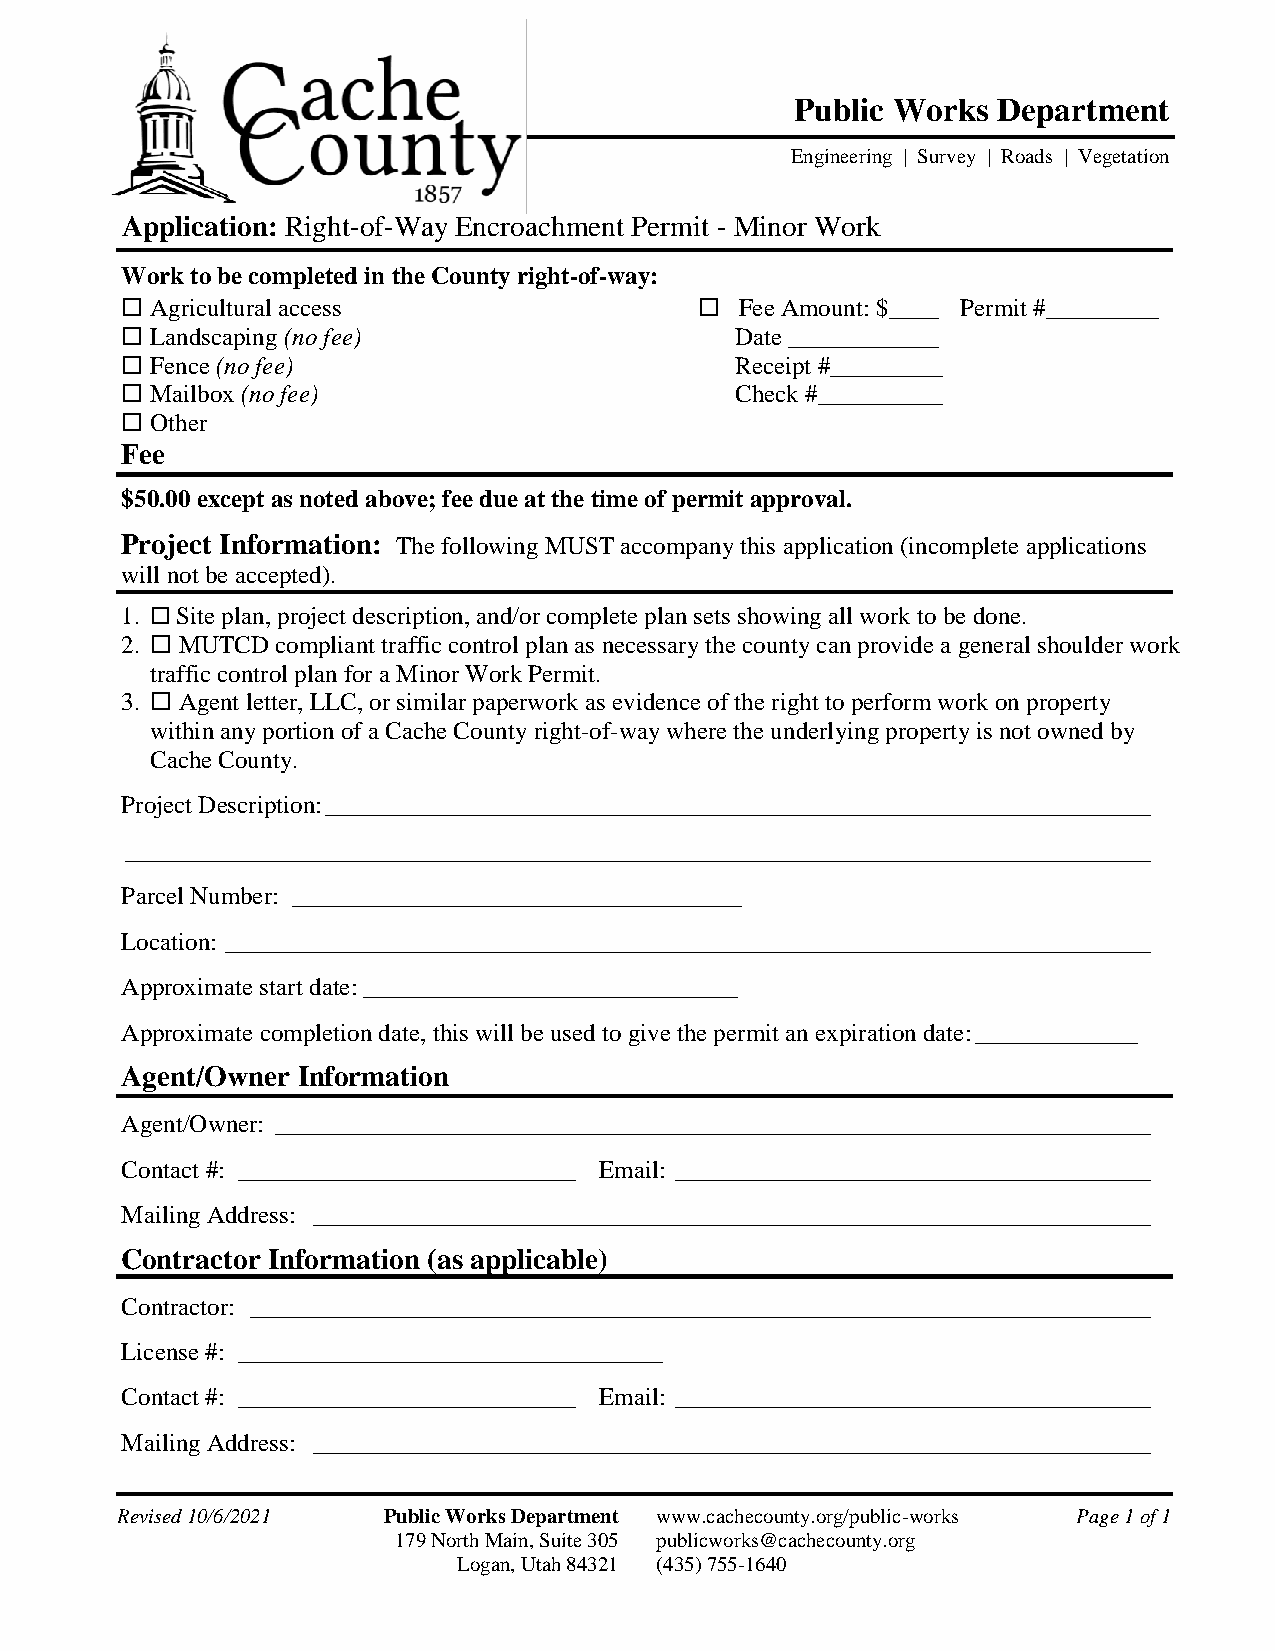
Public Works Department
 Engineering | Survey | Roads | Vegetation
 Application: Right-of-Way Encroachment Permit - Minor Work
 Work to be completed in the County right-of-way:
  Agricultural access                   Fee Amount: $____ Permit #_________
  Landscaping (no fee)                   Date ____________
  Fence (no fee)                         Receipt #_________
  Mailbox (no fee)                       Check #__________
  Other
 Fee
 $50.00 except as noted above; fee due at the time of permit approval.
 Project Information: The following MUST accompany this application (incomplete applications
 will not be accepted).
 1.  Site plan, project description, and/or complete plan sets showing all work to be done.
 2.  MUTCD compliant traffic control plan as necessary the county can provide a general shoulder work
 traffic control plan for a Minor Work Permit.
 3.  Agent letter, LLC, or similar paperwork as evidence of the right to perform work on property
 within any portion of a Cache County right-of-way where the underlying property is not owned by
 Cache County.
 Project Description: __________________________________________________________________
 __________________________________________________________________________________
 Parcel Number: ____________________________________
 Location: __________________________________________________________________________
 Approximate start date: ______________________________
 Approximate completion date, this will be used to give the permit an expiration date: _____________
 Agent/Owner Information
 Agent/Owner: ______________________________________________________________________
 Contact #: ___________________________ Email: ______________________________________
 Mailing Address: ___________________________________________________________________
 Contractor Information (as applicable)
 Contractor: ________________________________________________________________________
 License #: __________________________________
 Contact #: ___________________________ Email: ______________________________________
 Mailing Address: ___________________________________________________________________
 Revised 10/6/2021 Public Works Department www.cachecounty.org/public-works Page 1 of 1
 179 North Main, Suite 305 publicworks@cachecounty.org
 Logan, Utah 84321 (435) 755-1640